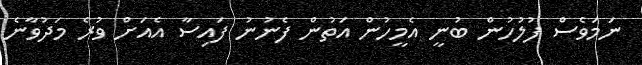
ނަމަވެސް ފުލުހުން ބުނީ އެމީހުން އަތުން ފެނުނު ފައިސާ އެއަށް ވުރެ މަދުވާނެ